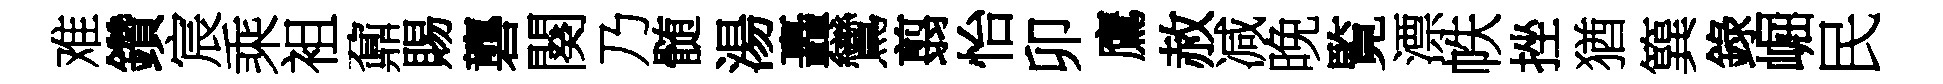
难鑽宸乘袓鼐賜礱闋乃髄湯轟鸞翦怡卯鷹赦减晚覧漂帙挫猶簨錄崛民